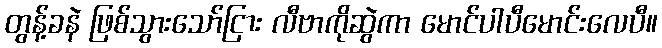
တွန့်ခနဲ ဖြစ်သွားသော်ငြား လီဗာကိုဆွဲကာ မောင်ပါပီမောင်းလေပီ။